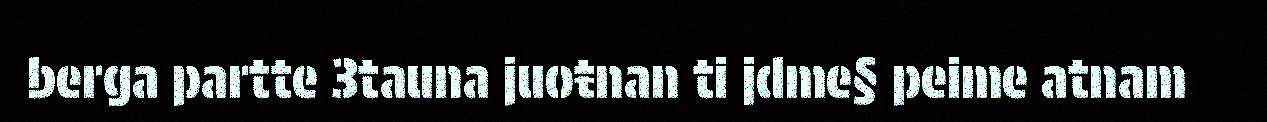
berga partte 3tauna juoŧnan ti jdme§ peime atnam